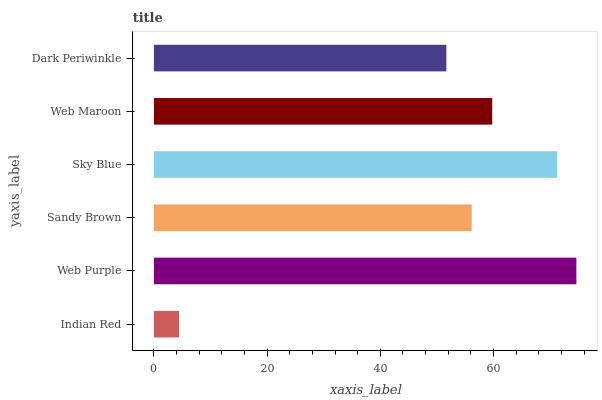
| yaxis_label | bars |
 | --- | --- |
 | Indian Red | 4.44 |
 | Web Purple | 74.6 |
 | Sandy Brown | 56.1 |
 | Sky Blue | 71.2 |
 | Web Maroon | 59.8 |
 | Dark Periwinkle | 51.7 |